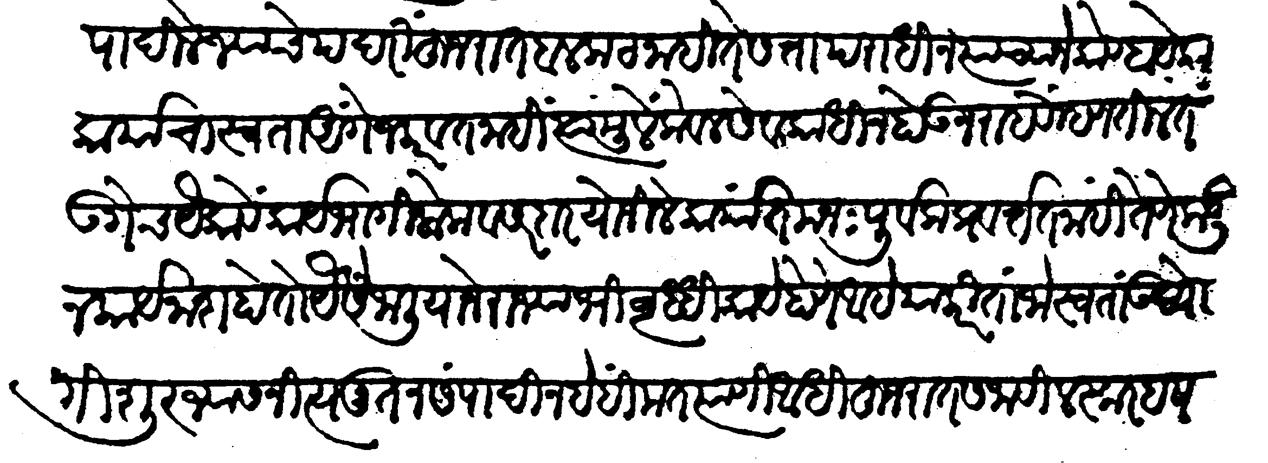
Transliteration (Devanagari): संपादिले ज्याचे पदरी हुजरात बळकट नाही ते सत्ता पराधीन त्याच्याने कोण्हा येका कार्याचा स्वता अंगेज करवत नाहीं त्यामुळे केवळ सेवकाधीन होऊन राहवें म्हणतील तें उगेच यैकावे कार्यभागीं लोक व सरदार योजिले कार्यात मनःपूर्वक प्रवर्तत नाहीं तेणेंकडून कार्यनाश होतों वैसें जालीयाने राज्याभिवृद्धि काय होणें आहे याकरितां जो स्वतः उद्योगी शूर ज्यास नित्य नूतन संपादीन हे हिंमत त्याणी आधी हुजरात सजावी लस्कर हषम